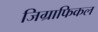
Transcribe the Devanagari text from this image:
जिग्राफिकल